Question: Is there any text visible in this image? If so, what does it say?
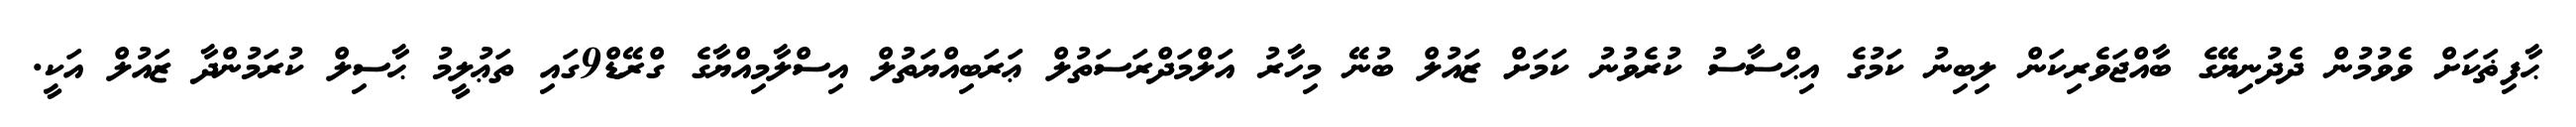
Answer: ޙާފިޡަކަށް ވެވުމުން ދެދުނިޔޭގެ ބާއްޖަވެރިކަން ލިބިނު ކަމުގެ އިޙްސާސު ކުރެވުނު ކަމަށް ޒައުލް ބުނޭ މިހާރު އަލްމަދްރަސަތުލް ޢަރަބިއްޔަތުލް އިސްލާމިއްޔާގެ ގްރޭޑް9ގައި ތަޢުލީމު ޙާސިލް ކުރަމުންދާ ޒައުލް އަކީ.